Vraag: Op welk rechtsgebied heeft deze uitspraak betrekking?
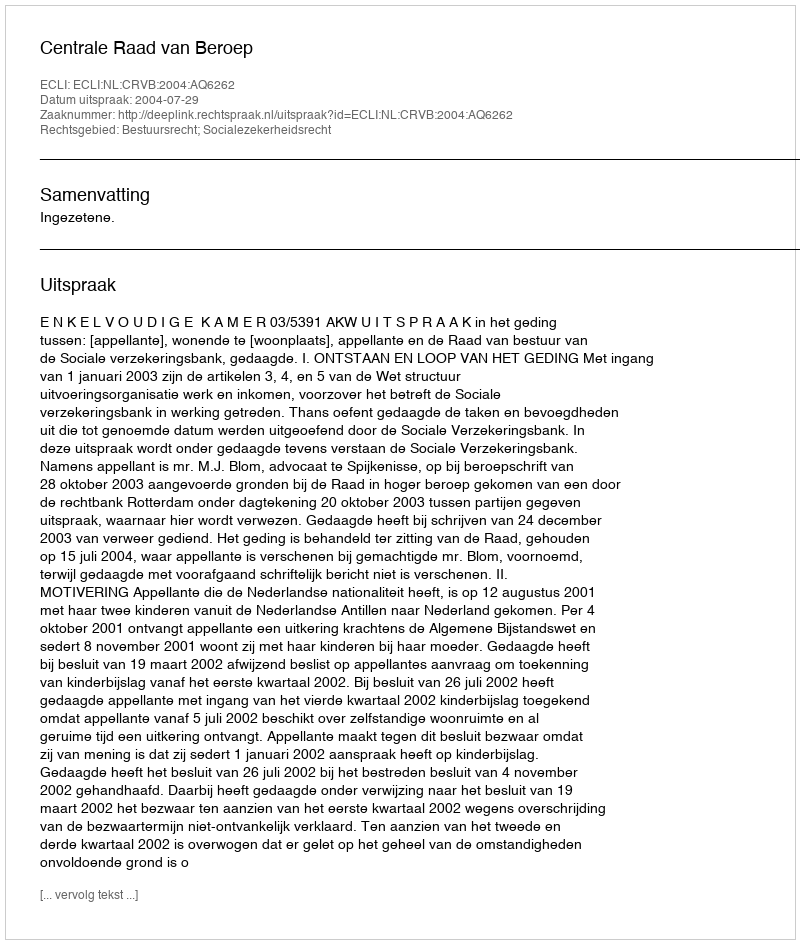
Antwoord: Bestuursrecht; Socialezekerheidsrecht